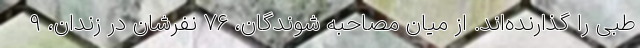
طبی را گذارنده‌اند. از میان مصاحبه شوندگان، ۷۶ نفرشان در زندان، ۹